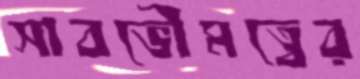
সাবভৌমত্বের